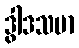
ဒွါဒသမာ